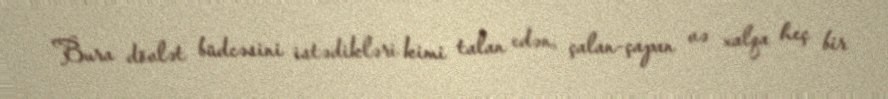
Bura dövlət büdcəsini istədikləri kimi talan edən, çalan-çapan və xalqa heç bir